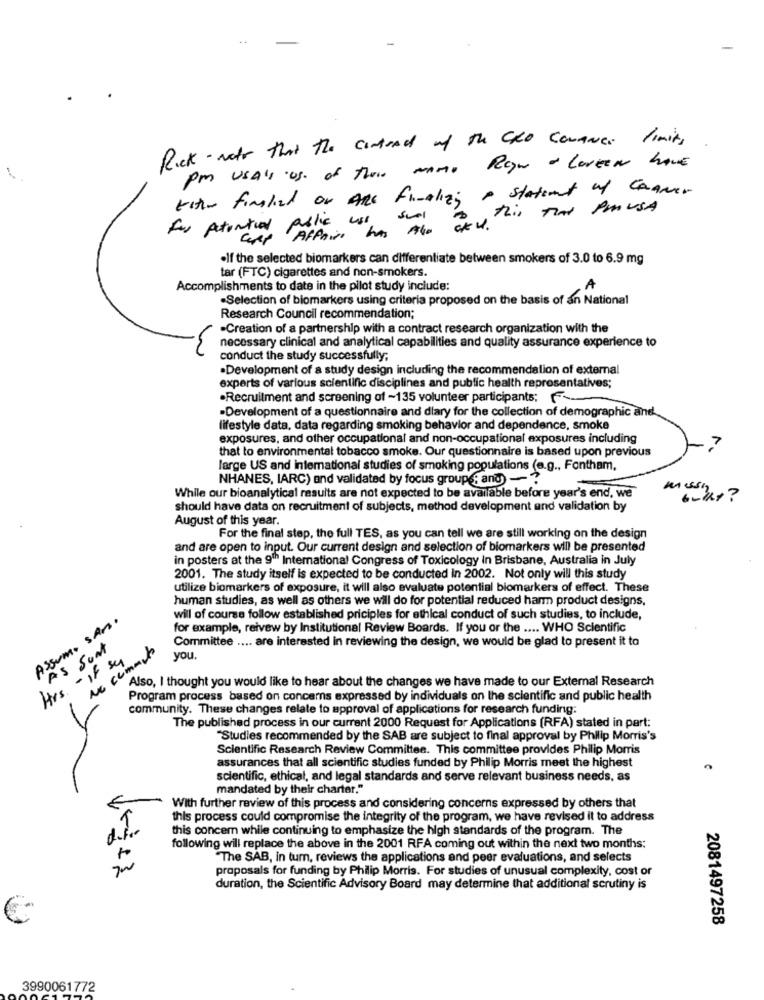
Rick- Note that the contrad of the CRO CONANCE limits
Pm USAll US. of Their MAMO ROW - LoveEN have
tite finalied or ARE finAlizy A statement of CRANer
this TAX PMUSA
for potential public use sul
Gry Affaire has Alo CKV .
.If the selected biomarkers can differentiate between smokers of 3.0 to 6.9 mg
tar (FTC) cigarettes and non-smokers.
Accomplishments to date in the pilot study include:
.Selection of biomarkers using criteria proposed on the basis of an National
Research Council recommendation;
-Creation of a partnership with a contract research organization with the
necessary clinical and analytical capabilities and quality assurance experience to
conduct the study successfully;
.Development of a study design including the recommendation of external
experts of various scientific disciplines and public health representatives;
·Recruitment and screening of ~135 volunteer participants; F
-Development of a questionnaire and diary for the collection of demographic and
lifestyle data, data regarding smoking behavior and dependence, smoke
exposures, and other occupational and non-occupational exposures including
that to environmental tobacco smoke. Our questionnaire is based upon previous
7
large US and international studies of smoking populations (e.g ., Fontham,
NHANES, IARC) and validated by focus groupe; and) - ?
While our bioanalytical results are not expected to be available before year's end, we
mussn
should have data on recruitment of subjects, method development and validation by
August of this year.
For the final step, the full TES, as you can tell we are still working on the design
and are open to input. Our current design and selection of biomarkers will be presented
in posters at the 9th International Congress of Toxicology In Brisbane, Australia in July
2001. The study itself is expected to be conducted in 2002. Not only will this study
utilize biomarkers of exposure, it will also evaluate potential biomarkers of effect. These
human studies, as well as others we will do for potential reduced harm product designs.
ASSUMO SAM.
will of course follow established priciples for ethical conduct of such studies, to include,
for example, reivew by Institutional Review Boards. If you or the .... WHO Scientific
Committee .... are interested in reviewing the design, we would be glad to present it to
AS Sont
No cemento
Hrs - if su
you.
Also, I thought you would like to hear about the changes we have made to our External Research
Program process based on concerns expressed by individuals on the scientific and public health
community. These changes relate to approval of applications for research funding:
The published process in our current 2000 Request for Applications (RFA) stated in part:
"Studies recommended by the SAB are subject to final approval by Philip Morris's
Scientific Research Review Committee. This committee provides Philip Morris
assurances that all scientific studies funded by Philip Morris meet the highest
scientific, ethical, and legal standards and serve relevant business needs, as
mandated by their charter."
€
With further review of this process and considering concerns expressed by others that
this process could compromise the integrity of the program, we have revised it to address
this concem while continuing to emphasize the high standards of the program. The
following will replace the above in the 2001 RFA coming out within the next two months:
"The SAB, in turn, reviews the applications and peer evaluations, and selects
proposals for funding by Philip Morris. For studies of unusual complexity, cost or
duration, the Scientific Advisory Board may determine that additional scrutiny is
2081497258
3990061772